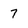
Character: 7